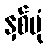
နှစ်ပုံ